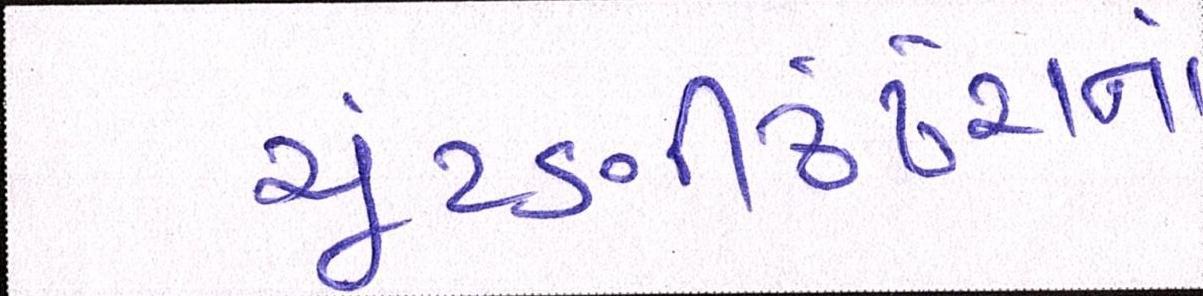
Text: ચૂંટણીઢંઢેરાનાં